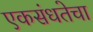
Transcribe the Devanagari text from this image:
एकसंधतेचा